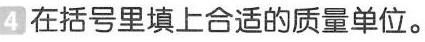
4 在括号里填上合适的质量单位。